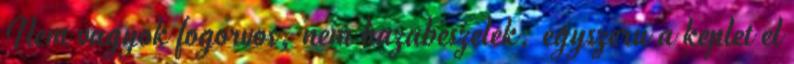
Nem vagyok fogorvos, nem hazabeszelek. egyszeru a keplet el